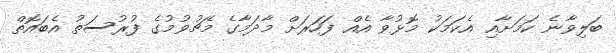
ބަލިވާނެ ކަމަށާއި އެކަމަކު މޮޅުވާ އެއް ފަހަރަށް މާދަމާގެ މެޗުވުމުގެ ފުރުސަތު އެބައޮތް